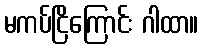
မကပ်ငြိကြောင်း ဂါထာ။